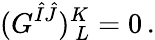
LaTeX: (G^{\hat{I}\hat{J}})_{~L}^{K}=0\, .